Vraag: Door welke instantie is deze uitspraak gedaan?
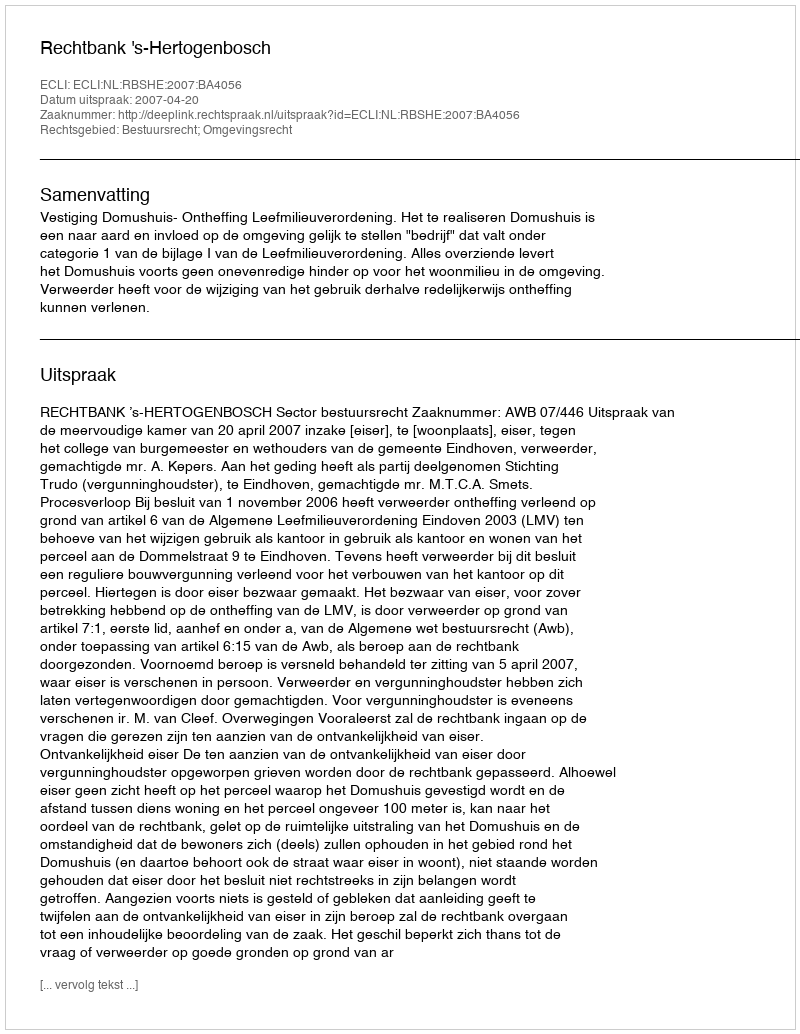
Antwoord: Rechtbank 's-Hertogenbosch